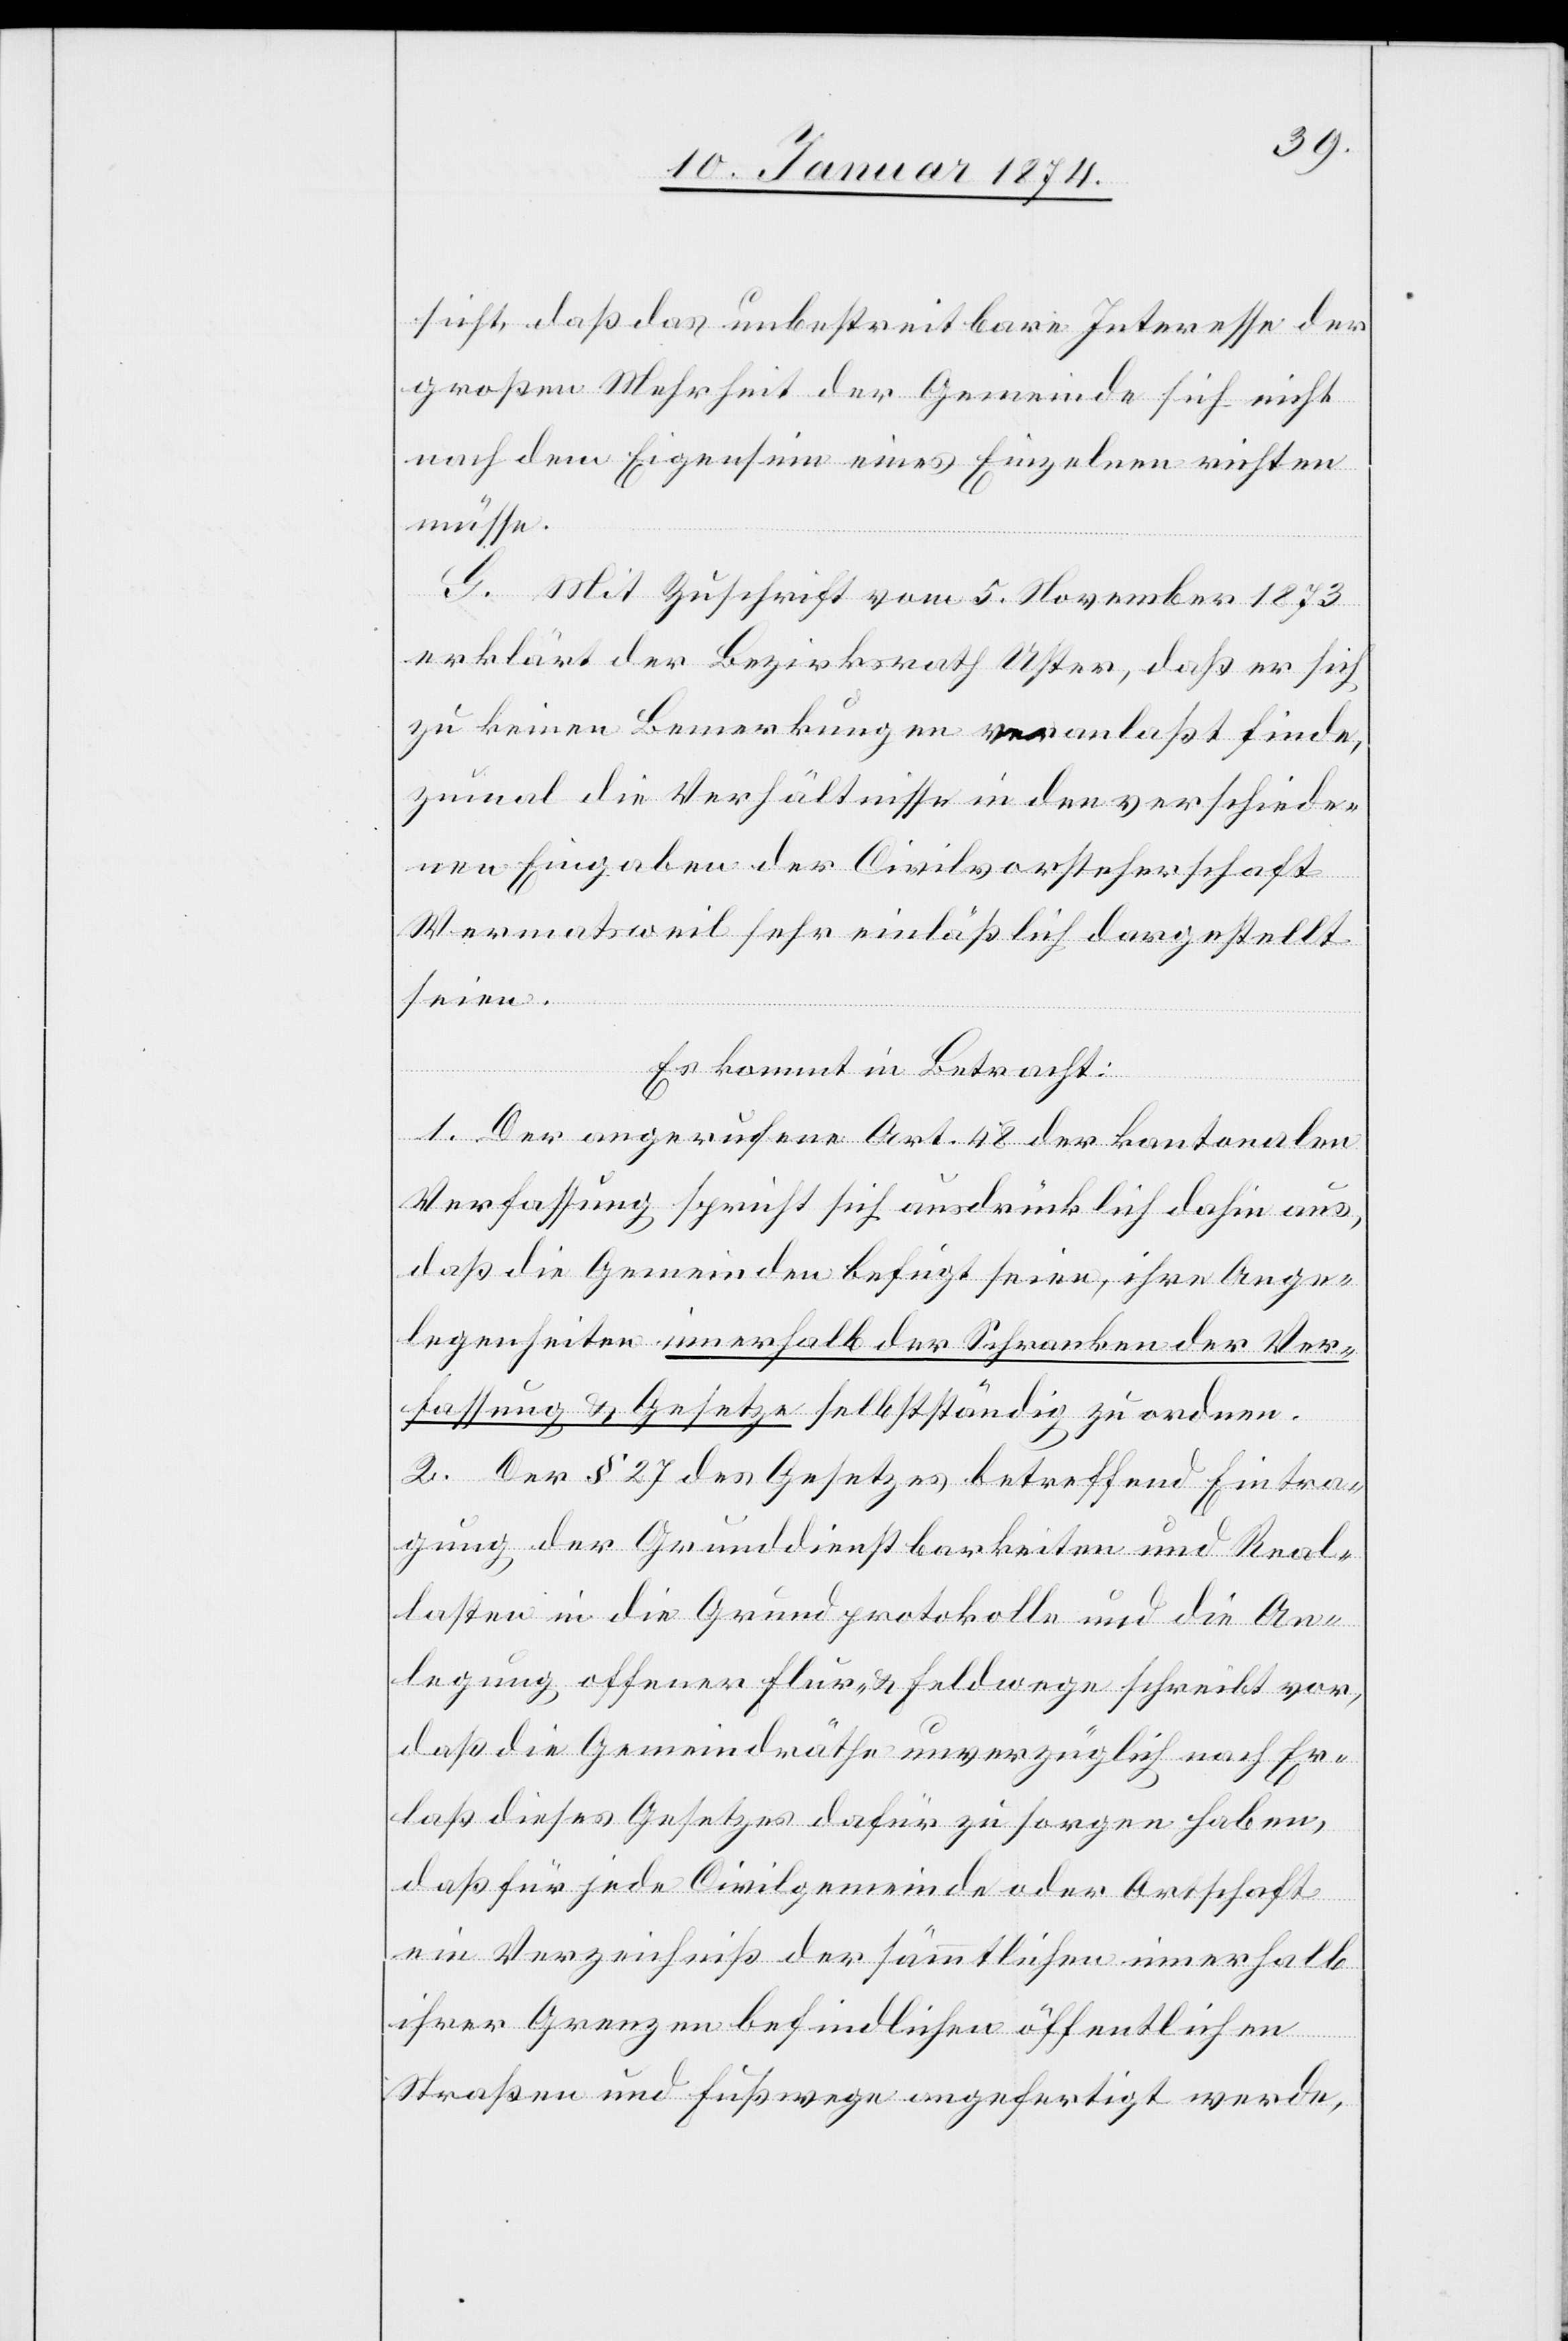
sicht, daß das unbestreitbare Interesse der
großen Mehrheit der Gemeinde sich nicht
nach dem Eigentum eines Einzelnen richten
müsse.
G. Mit Zuschrift vom 5. November 1873
erklärt der Bezirksrath Uster, daß er sich
zu keinen Bemerkungen veranlaßt finde,
zumal die Verhältnisse in den verschiede¬
nen Eingaben der Civilvorsteherschaft
Wermatsweil sehr einläßlich dargestellt
seien.
Es kommt in Betracht:
1. Der angerufene Art. 48 der kantonalen
Verfassung spricht sich ausdrücklich dahin aus,
daß die Gemeinden befugt seien, ihre Ange¬
legenheiten innerhalb der Schranken der Ver¬
fassung & Gesetze selbständig zu ordnen.
2. Der § 27 des Gesetzes betreffend Eintra¬
gung, der Grunddienstbarkeiten und Real¬
lasten in die Grundprotokolle und die An¬
legung, offener Flur- & Feldwege schreibt vor,
daß die Gemeindräthe unverzüglich nach Er¬
laß dieses Gesetzes dafür zu sorgen haben,
daß für jede Civilgemeinde oder Ortschaft
ein Verzeichniß der sämmtlichen innerhalb
ihrer Grenzen befindlichen öffentlichen
Straßen und Fußwege angefertigt werde,